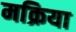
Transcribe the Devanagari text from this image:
मक्रिया